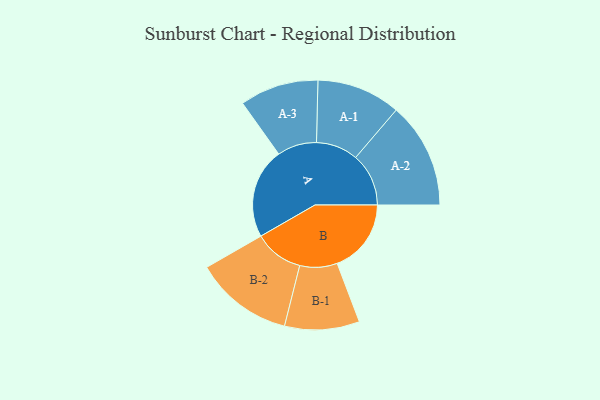
{"axis": {"x": "Segment", "y": "Value"}, "legend": ["", "A", "B"], "data": [{"x": "A", "y": 360, "type": ""}, {"x": "B", "y": 295, "type": ""}, {"x": "A-1", "y": 167, "type": "A"}, {"x": "A-2", "y": 211, "type": "A"}, {"x": "A-3", "y": 157, "type": "A"}, {"x": "B-1", "y": 149, "type": "B"}, {"x": "B-2", "y": 196, "type": "B"}]}